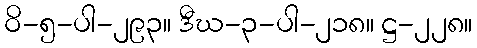
ဝိ-၅-ပါ-၂၉၃။ ဒီဃ-၃-ပါ-၂၁၈။ ဋ္ဌ-၂၂၈။